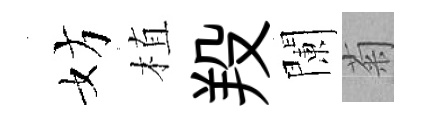
妨植羖闌菊